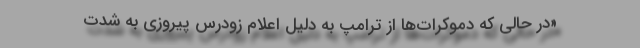
«در حالی که دموکرات‌ها از ترامپ به دلیل اعلام زودرس پیروزی به شدت